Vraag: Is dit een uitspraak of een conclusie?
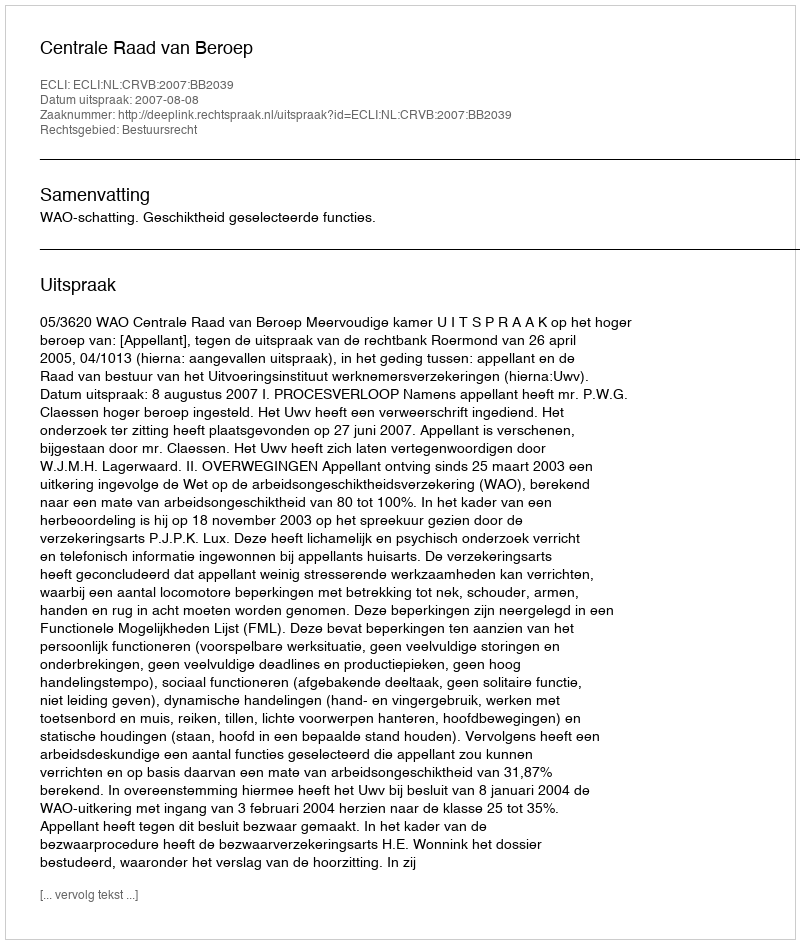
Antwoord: Uitspraak